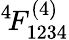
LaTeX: ^{4\! }F_{1234}^{(4)}